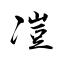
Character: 凒